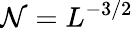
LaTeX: \mathcal{N}=L^{-3/2}